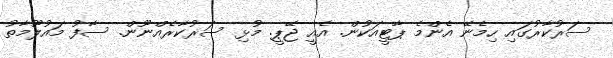
ސަރުކާރުގައި ހިމެނޭ އެންމެ ޕާޓީއަކުން. އެއީ ޖޭޕީ. މުޅި ސަރުކާރެއްނޫން. ސާފު މައުލޫމާތު